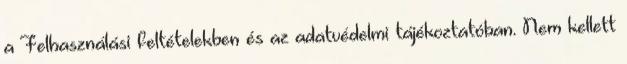
a Felhasználási feltételekben és az adatvédelmi tájékoztatóban. Nem kellett